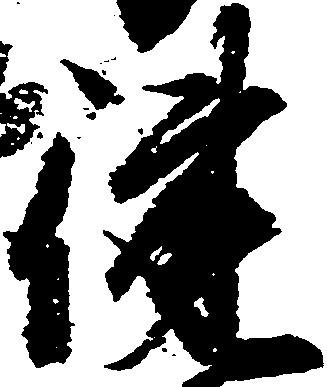
健